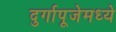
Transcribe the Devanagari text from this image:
दुर्गापूजेमध्ये